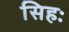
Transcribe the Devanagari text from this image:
सिहः